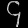
Digit: ၄